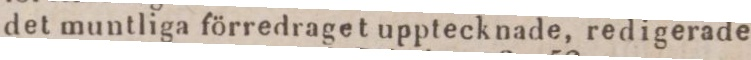
det muntliga förredraget upptecknade, redigerade